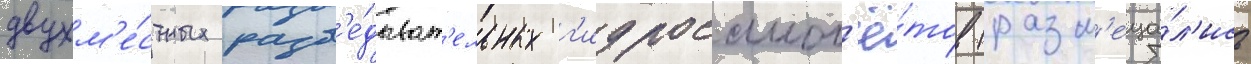
двухм'е́стных разв'е́дыват'ельных г'идросамол'ё́тов (разм'еща́л'ись